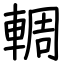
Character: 輖